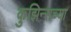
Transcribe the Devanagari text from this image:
कुझिन्सच्या